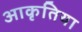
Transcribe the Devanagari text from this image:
आकृतिया